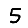
Digit: 5